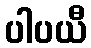
ပါပယီ